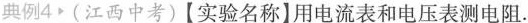
典例4.(江西中考)【实验名称】用电流表和电压表测电阻。